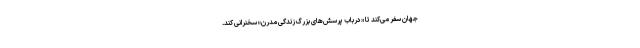
جهان سفر می‌کند تا «درباب پرسش‌های بزرگ زندگی مدرن» سخنرانی کند.